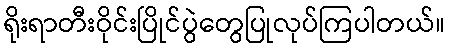
ရိုးရာတီးဝိုင်းပြိုင်ပွဲတွေပြုလုပ်ကြပါတယ်။